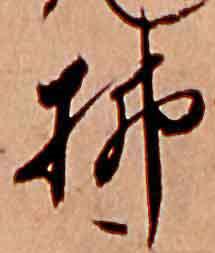
払